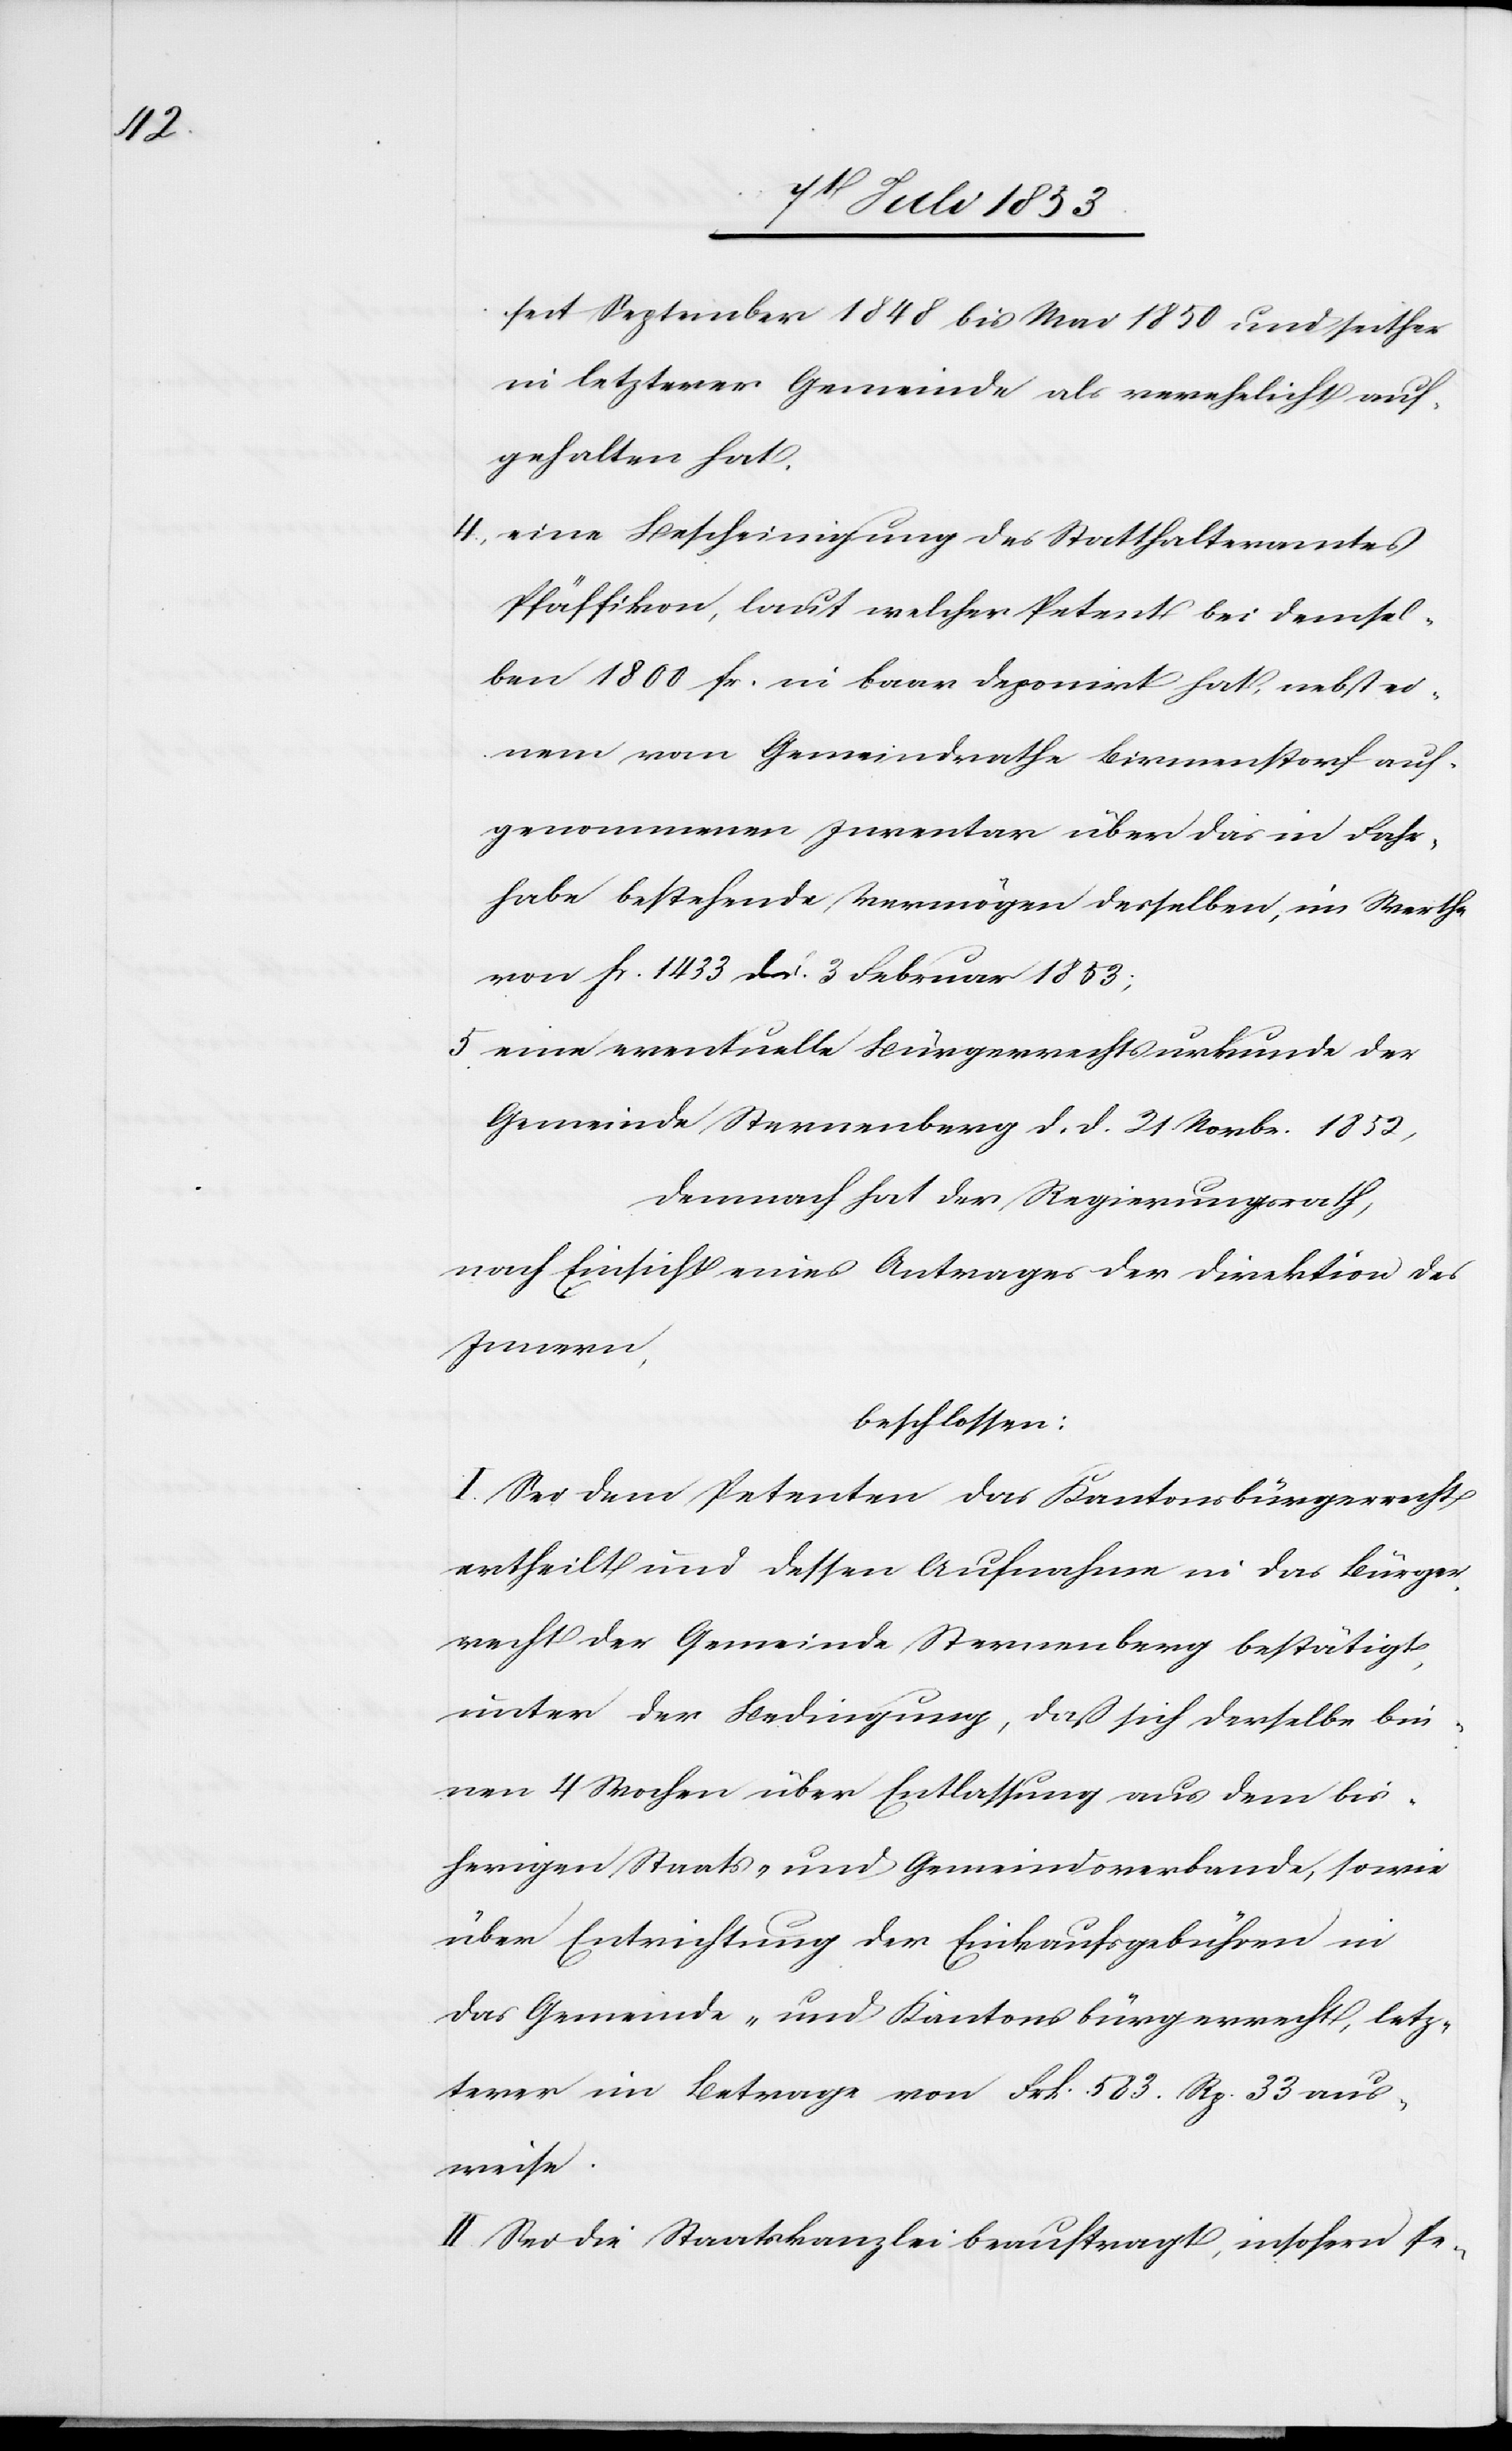
seit September 1848 bis Mai 1850 und seither
in letzterer Gemeinde als verehelicht, auf¬
gehalten hat.
4, eine Bescheinigung des Statthalteramtes
Pfäffikon, laut welcher Petent bei demsel¬
ben 1800 fr. in baar deponirt hat, nebst ei¬
nem vom Gemeindrathe Birmenstorf auf¬
genommenen Inventar über das in Fahr¬
habe bestehende Vermögen desselben, im Werthe
von fr. 1433 den 3 Februar 1853;
5, eine eventuelle Bürgerrechtsurkunde der
Gemeinde Sternenberg d. d. 21 Novbr. 1852,
Demnach hat der Regierungsrath,
nach Einsicht eines Antrages der Direktion des
Innern,
beschloßen:
I. Sei dem Petenten das Kantonsbürgerrecht
ertheilt und dessen Aufnahme in das Bürger¬
recht der Gemeinde Sternenberg bestätigt,
unter der Bedingung, daß sich derselbe bin¬
nen 4 Wochen über Entlassung aus dem bis¬
herigen Staats- und Gemeindsverbande, sowie
über Entrichtung der Einkaufsgebühren in
das Gemeinde- und Kantonsbürgerrecht, letz¬
terer im Betrage von Frk. 583. Rp. 33 aus¬
weise.
II. Sei die Staatskanzlei beauftragt, insofern Pe-